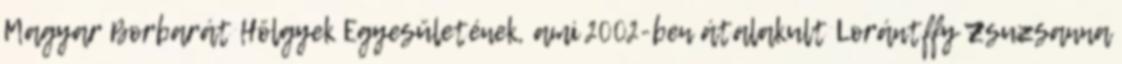
Magyar Borbarát Hölgyek Egyesületének, ami 2002-ben átalakult Lorántffy Zsuzsanna